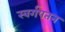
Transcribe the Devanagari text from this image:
स्वर्गपतन